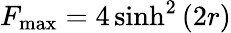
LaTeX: F_{\operatorname*{max}}=4\sinh^{2}\left(2r\right)